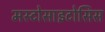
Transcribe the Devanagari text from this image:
मस्टोसाइटोसिस